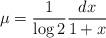
LaTeX: \begin{align*}\mu=\frac{1}{\log 2}\frac{dx}{1+x}\end{align*}